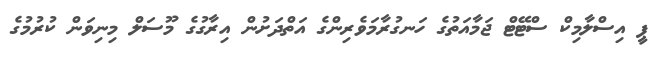
ޕީ އިސްލާމިކް ސްޓޭޓް ޖަމާއަތުގެ ހަނގުރާމަވެރިންގެ އަތްދަށުން އިރާގުގެ މޫސަލް މިނިވަން ކުރުމުގެ